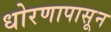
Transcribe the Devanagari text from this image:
धोरणापासून